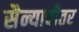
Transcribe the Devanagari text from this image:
सैन्याचीतर